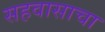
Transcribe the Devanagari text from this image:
सहवासाचा